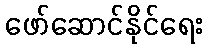
ဖော်ဆောင်နိုင်ရေး